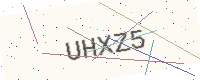
Text: UHXZ5